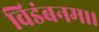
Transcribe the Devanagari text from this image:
विडंबनम।।